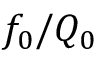
f _ { 0 } / Q _ { 0 }